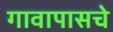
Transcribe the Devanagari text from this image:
गावापासचे